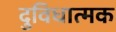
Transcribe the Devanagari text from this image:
दुविधात्मक